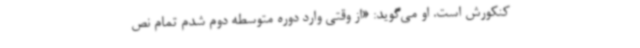
کنکورش است. او می‌گوید: «از وقتی وارد دوره متوسطه دوم شدم تمام نص